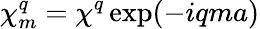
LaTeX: \chi_{m}^{q}=\chi^{q}\exp(-iqma)